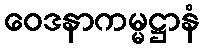
ဝေဒနာကမ္မဋ္ဌာနံ